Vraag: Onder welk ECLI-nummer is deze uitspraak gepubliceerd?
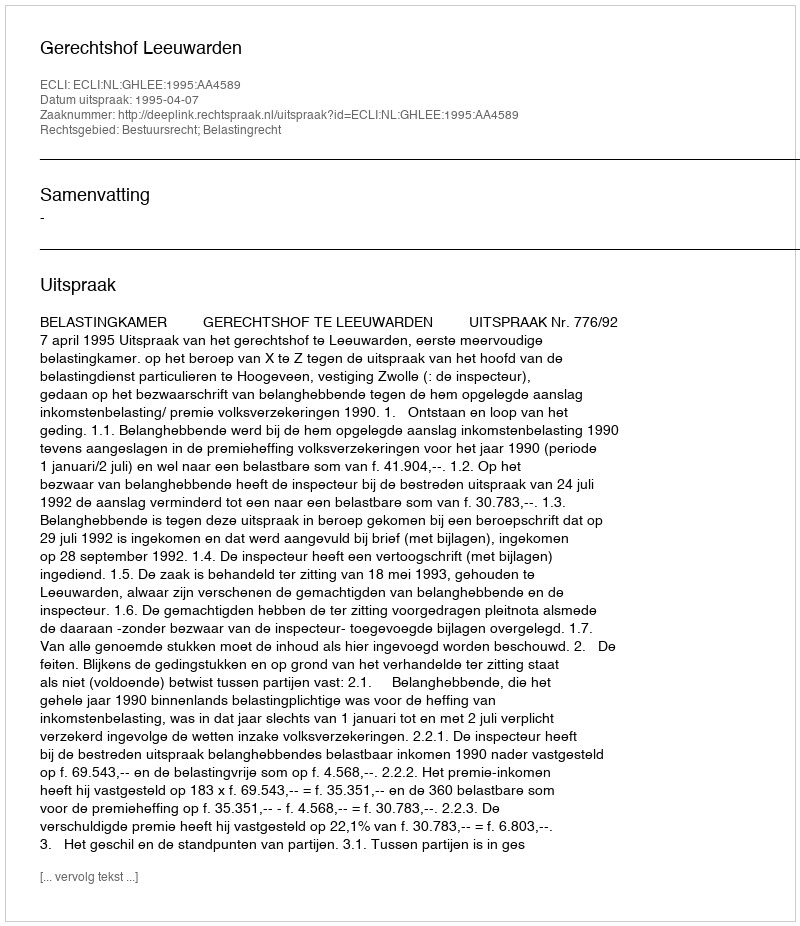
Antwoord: ECLI:NL:GHLEE:1995:AA4589